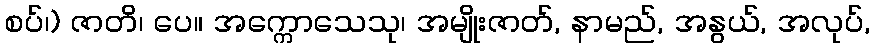
စပ်၊) ဇာတိ၊ ပေ။ အက္ကောသေသု၊ အမျိုးဇာတ်, နာမည်, အနွယ်, အလုပ်,